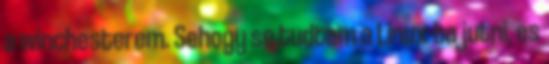
a winchesterem. Sehogy se tudtam a Linux-ba jutni, es